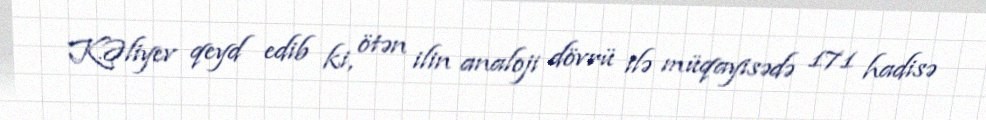
K.Əliyev qeyd edib ki, ötən ilin analoji dövrü ilə müqayisədə 171 hadisə